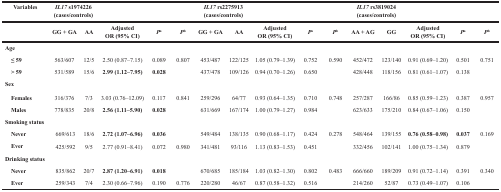
<table><thead><tr><td><b>Variables</b></td><td colspan="6"><b><i>IL17</i> s1974226 (cases/controls)</b></td><td colspan="5"><b><i>IL17</i> rs2275913 (cases/controls)</b></td><td colspan="5"><b><i>IL17</i> rs3819024 (cases/controls)</b></td></tr><tr><td></td><td><b>GG + GA</b></td><td><b>AA</b></td><td><b>AdjustedOR (95% CI)</b></td><td><b><i>P</i><sup>a</sup></b></td><td><b><i>P</i><sup>b</sup></b></td><td><b>GG + GA</b></td><td><b>AA</b></td><td><b>AdjustedOR (95% CI)</b></td><td><b><i>P</i><sup>a</sup></b></td><td><b><i>P</i><sup>b</sup></b></td><td><b>AA + AG</b></td><td><b>GG</b></td><td><b>AdjustedOR (95% CI)</b></td><td><b><i>P</i><sup>a</sup></b></td><td><b><i>P</i><sup>b</sup></b></td></tr></thead><tbody><tr><td><b>Age</b></td><td></td><td></td><td></td><td></td><td></td><td></td><td></td><td></td><td></td><td></td><td></td><td></td><td></td><td></td><td></td></tr><tr><td><b> ≤ 59</b></td><td>563/607</td><td>12/5</td><td>2.50 (0.87–7.15)</td><td>0.089</td><td>0.807</td><td>453/487</td><td>122/125</td><td>1.05 (0.79–1.39)</td><td>0.752</td><td>0.590</td><td>452/472</td><td>123/140</td><td>0.91 (0.69–1.20)</td><td>0.501</td><td>0.751</td></tr><tr><td><b> &gt; 59</b></td><td>531/589</td><td>15/6</td><td><b>2.99 (1.12–7.95)</b></td><td><b>0.028</b></td><td></td><td>437/478</td><td>109/126</td><td>0.94 (0.70–1.26)</td><td>0.650</td><td></td><td>428/448</td><td>118/156</td><td>0.81 (0.61–1.07)</td><td>0.138</td><td></td></tr><tr><td><b>Sex</b></td><td></td><td></td><td></td><td></td><td></td><td></td><td></td><td></td><td></td><td></td><td></td><td></td><td></td><td></td><td></td></tr><tr><td><b> Females</b></td><td>316/376</td><td>7/3</td><td>3.03 (0.76–12.09)</td><td>0.117</td><td>0.841</td><td>259/296</td><td>64/77</td><td>0.93 (0.64–1.35)</td><td>0.710</td><td>0.748</td><td>257/287</td><td>166/86</td><td>0.85 (0.59–1.23)</td><td>0.387</td><td>0.957</td></tr><tr><td><b> Males</b></td><td>778/835</td><td>20/8</td><td><b>2.56 (1.11–5.90)</b></td><td><b>0.028</b></td><td></td><td>631/669</td><td>167/174</td><td>1.00 (0.79–1.27)</td><td>0.984</td><td></td><td>623/633</td><td>175/210</td><td>0.84 (0.67–1.06)</td><td>0.150</td><td></td></tr><tr><td><b>Smoking status</b></td><td></td><td></td><td></td><td></td><td></td><td></td><td></td><td></td><td></td><td></td><td></td><td></td><td></td><td></td><td></td></tr><tr><td><b> Never</b></td><td>669/613</td><td>18/6</td><td><b>2.72 (1.07–6.96)</b></td><td><b>0.036</b></td><td></td><td>549/484</td><td>138/135</td><td>0.90 (0.68–1.17)</td><td>0.424</td><td>0.278</td><td>548/464</td><td>139/155</td><td><b>0.76 (0.58–0.98)</b></td><td><b>0.037</b></td><td>0.169</td></tr><tr><td><b> Ever</b></td><td>425/592</td><td>9/5</td><td>2.77 (0.91–8.41)</td><td>0.072</td><td>0.980</td><td>341/481</td><td>93/116</td><td>1.13 (0.83–1.53)</td><td>0.451</td><td></td><td>332/456</td><td>102/141</td><td>1.00 (0.75–1.34)</td><td>0.879</td><td></td></tr><tr><td><b>Drinking status</b></td><td></td><td></td><td></td><td></td><td></td><td></td><td></td><td></td><td></td><td></td><td></td><td></td><td></td><td></td><td></td></tr><tr><td><b> Never</b></td><td>835/862</td><td>20/7</td><td><b>2.87 (1.20–6.91)</b></td><td><b>0.018</b></td><td></td><td>670/685</td><td>185/184</td><td>1.03 (0.82–1.30)</td><td>0.802</td><td>0.483</td><td>666/660</td><td>189/209</td><td>0.91 (0.72–1.14)</td><td>0.391</td><td>0.340</td></tr><tr><td><b> Ever</b></td><td>259/343</td><td>7/4</td><td>2.30 (0.66–7.96)</td><td>0.190</td><td>0.776</td><td>220/280</td><td>46/67</td><td>0.87 (0.58–1.32)</td><td>0.516</td><td></td><td>214/260</td><td>52/87</td><td>0.73 (0.49–1.07)</td><td>0.106</td><td></td></tr></tbody></table>